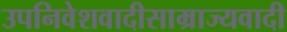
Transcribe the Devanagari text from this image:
उपनिवेशवादीसाम्राज्यवादी